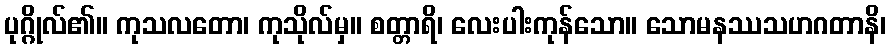
ပုဂ္ဂိုလ်၏။ ကုသလတော၊ ကုသိုလ်မှ။ စတ္တာရိ၊ လေးပါးကုန်သော။ သောမနဿသဟဂတာနိ၊